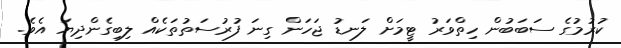
ކުރުމުގެ ސަބަބުން ހިތްވަރު ޓީމަށް ލަނޑު ޖަހަން ގިނަ ފުރުސަތުތަކެއް ލިބިގެންދިޔަ އެވެ.